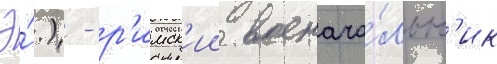
Э́.) - р'имск'ии военача́льн'ик